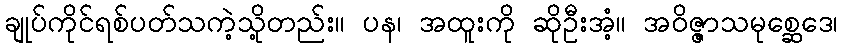
ချုပ်ကိုင်ရစ်ပတ်သကဲ့သို့တည်း။ ပန၊ အထူးကို ဆိုဦးအံ့။ အဝိဇ္ဇာသမုစ္ဆေဒေ၊